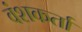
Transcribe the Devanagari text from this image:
वंशकर्ता